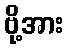
ဗို့အား